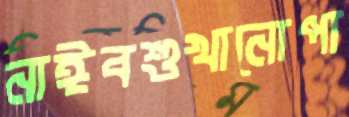
নাঈবশুখানোপা